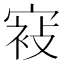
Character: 𰍕